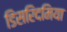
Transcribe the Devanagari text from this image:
डिसरिदमिया